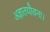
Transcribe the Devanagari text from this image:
अज्ञातयौवना।